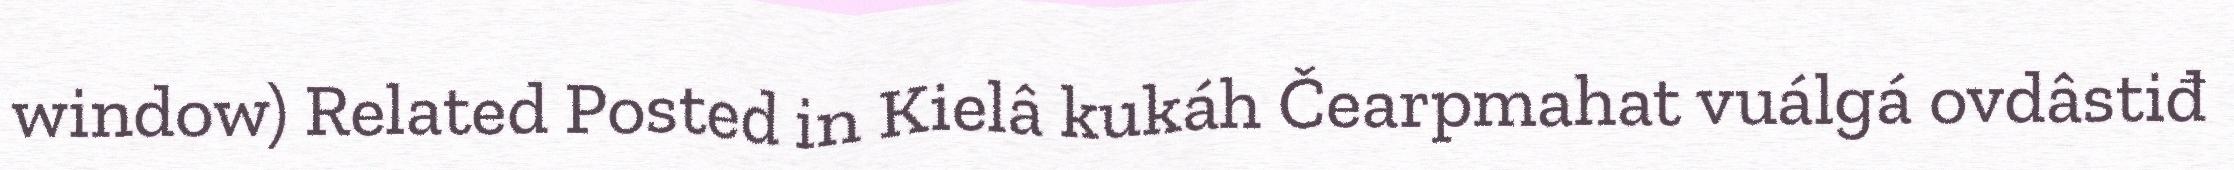
window) Related Posted in Kielâ kukáh Čearpmahat vuálgá ovdâstiđ